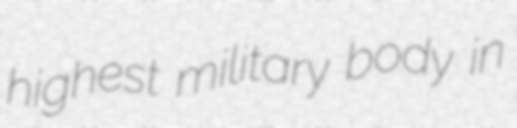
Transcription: highest military body in